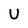
Character: u